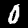
Digit: 0